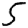
Digit: 5